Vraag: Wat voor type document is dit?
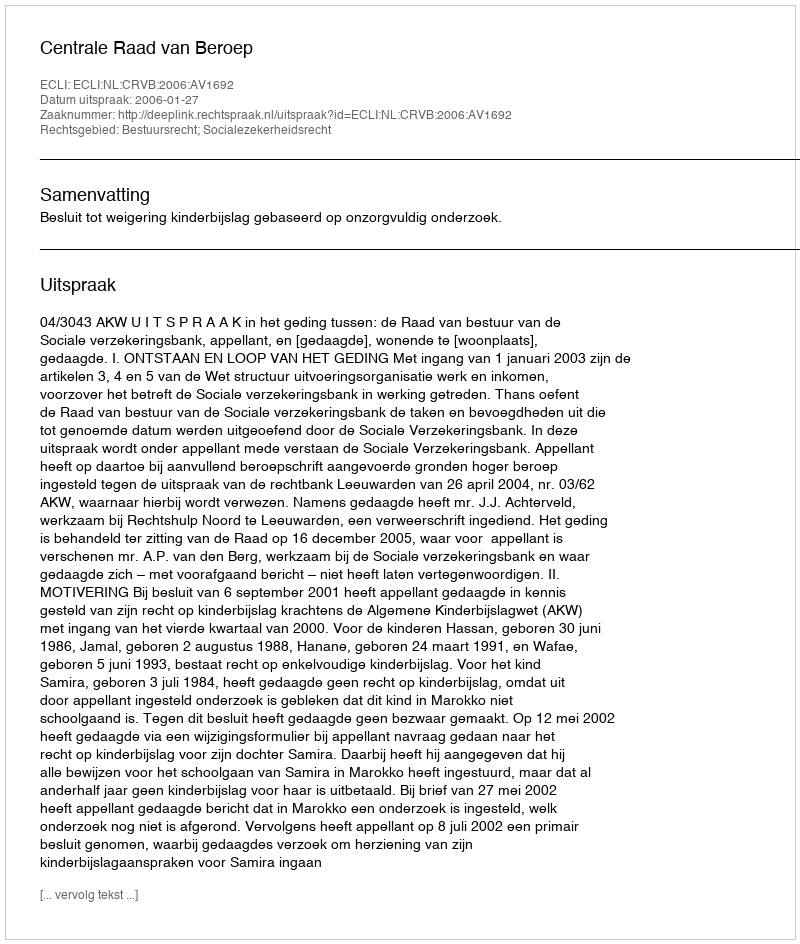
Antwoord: Uitspraak